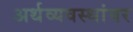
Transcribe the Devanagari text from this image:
अर्थव्यवस्थांवर